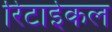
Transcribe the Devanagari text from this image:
रिटाईकल